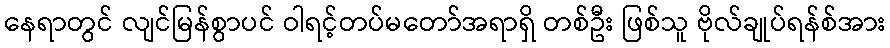
နေရာတွင် လျင်မြန်စွာပင် ဝါရင့်တပ်မတော်အရာရှိ တစ်ဦး ဖြစ်သူ ဗိုလ်ချုပ်ရန်စ်အား